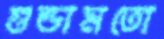
গুন্ডামতো